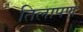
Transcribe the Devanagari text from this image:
तिलापण